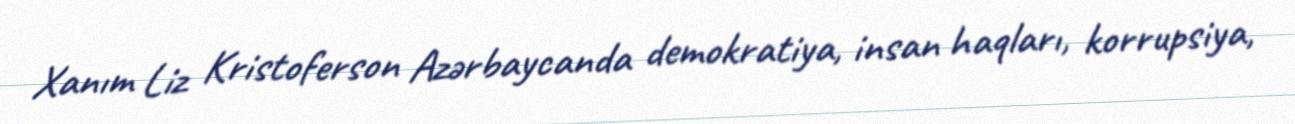
Xanım Liz Kristoferson Azərbaycanda demokratiya, insan haqları, korrupsiya,